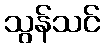
သွန်သင်